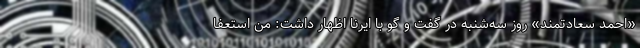
«احمد سعادتمند» روز سه‌شنبه در گفت و گو با ایرنا اظهار داشت: من استعفا